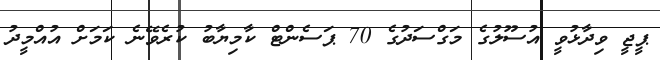
ޕީޖީ ވިދާޅުވީ އުސޫލުގެ މަގްސަދުގެ 70 ޕަސެންޓް ކާމިޔާބު ކުރެވޭނެ ކަމަށް އުއްމީދު